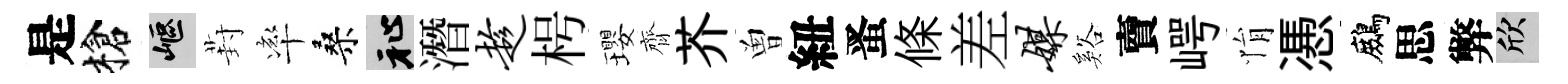
是槍嶇葑率桑祉潛趁枵瓔齊芥曽紐󱉠條差媒谿𧶠崿悁慿鷓思弊欣